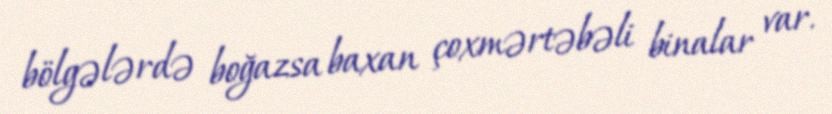
bölgələrdə boğazsa baxan çoxmərtəbəli binalar var.